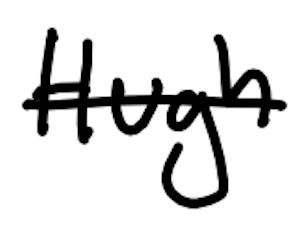
Text: Hugh
Cross-out: single-line
Writing tool: digital_black